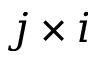
j \times i